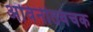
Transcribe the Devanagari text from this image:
अविनीतवंचक